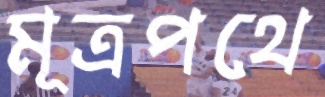
মূত্রপথে